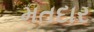
મતદાર